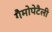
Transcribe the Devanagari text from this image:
गैमोपेटैली